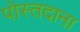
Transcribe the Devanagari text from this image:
पोस्तदाना